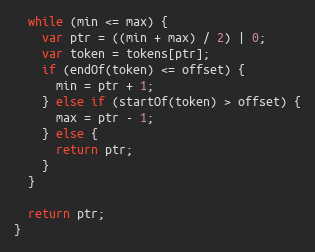
Language: JavaScript
  while (min <= max) {
    var ptr = ((min + max) / 2) | 0;
    var token = tokens[ptr];
    if (endOf(token) <= offset) {
      min = ptr + 1;
    } else if (startOf(token) > offset) {
      max = ptr - 1;
    } else {
      return ptr;
    }
  }

  return ptr;
}